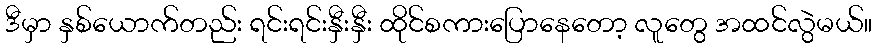
ဒီမှာ နှစ်ယောက်တည်း ရင်းရင်းနှီးနှီး ထိုင်စကားပြောနေတော့ လူတွေ အထင်လွဲမယ်။